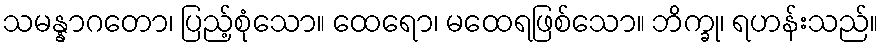
သမန္နာဂတော၊ ပြည့်စုံသော။ ထေရော၊ မထေရဖြစ်သော။ ဘိက္ခု၊ ရဟန်းသည်။